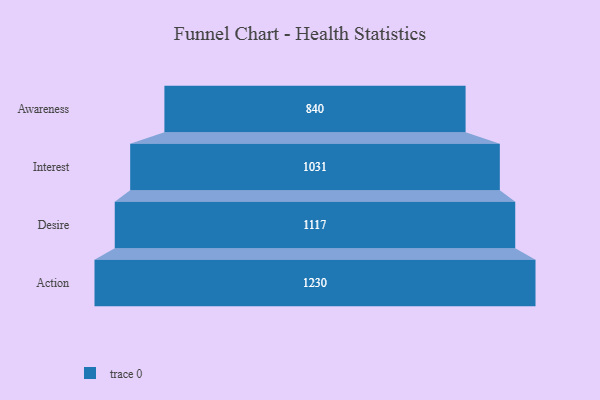
{"axis": {"x": "Stage", "y": "Value"}, "legend": [""], "data": [{"x": "Awareness", "y": 840.0, "type": ""}, {"x": "Interest", "y": 1031.0, "type": ""}, {"x": "Desire", "y": 1117.0, "type": ""}, {"x": "Action", "y": 1230.0, "type": ""}]}